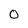
Character: O